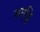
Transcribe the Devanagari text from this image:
समृठ्ठि